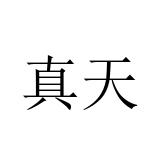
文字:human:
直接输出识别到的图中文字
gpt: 真天